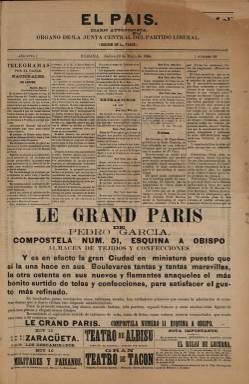
Título: El País (Habana. Ed. de la tarde)
Otros títulos: El País edición de la tarde
Colección: Periódicos
Ámbito geográfico: Cuba
Lugar de publicación: La Habana
Fechas: 10/05/1894-26/06/1895